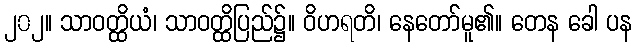
၂၀၂။ သာဝတ္ထိယံ၊ သာဝတ္ထိပြည်၌။ ဝိဟရတိ၊ နေတော်မူ၏။ တေန ခေါ ပန